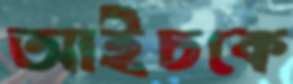
আইচকে